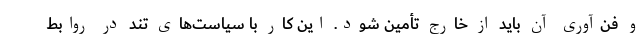
و فن‌آوری آن باید از خارج تأمین شود. این کار با سیاست‌های تند در روابط